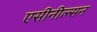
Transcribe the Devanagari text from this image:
एसीनील्सन